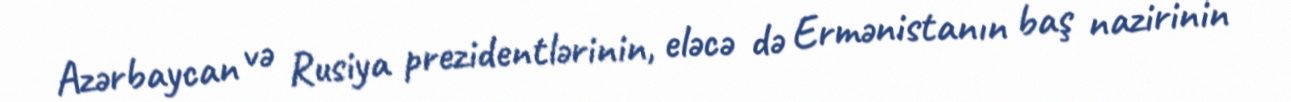
Azərbaycan və Rusiya prezidentlərinin, eləcə də Ermənistanın baş nazirinin